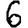
Digit: 6